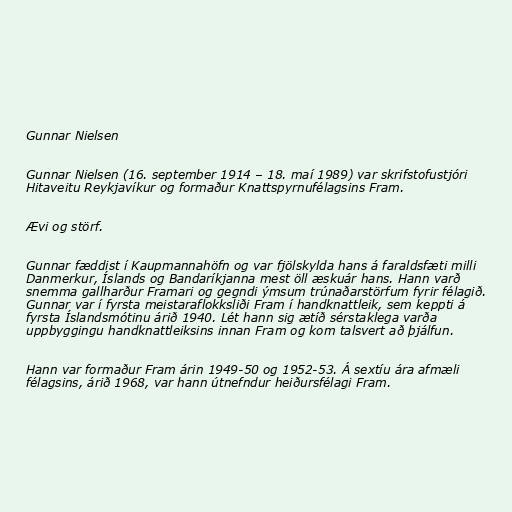
Gunnar Nielsen

Gunnar Nielsen (16. september 1914 – 18. maí 1989) var skrifstofustjóri
Hitaveitu Reykjavíkur og formaður Knattspyrnufélagsins Fram.

Ævi og störf.

Gunnar fæddist í Kaupmannahöfn og var fjölskylda hans á faraldsfæti milli
Danmerkur, Íslands og Bandaríkjanna mest öll æskuár hans. Hann varð
snemma gallharður Framari og gegndi ýmsum trúnaðarstörfum fyrir félagið.
Gunnar var í fyrsta meistaraflokksliði Fram í handknattleik, sem keppti á
fyrsta Íslandsmótinu árið 1940. Lét hann sig ætíð sérstaklega varða
uppbyggingu handknattleiksins innan Fram og kom talsvert að þjálfun.

Hann var formaður Fram árin 1949-50 og 1952-53. Á sextíu ára afmæli
félagsins, árið 1968, var hann útnefndur heiðursfélagi Fram.